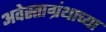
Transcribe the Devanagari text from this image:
अवेस्ताग्रंथाच्या